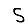
Digit: 5